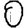
Digit: 0